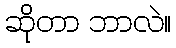
ဆိုတာ ဘာလဲ။